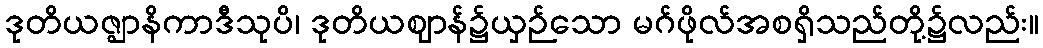
ဒုတိယဇ္ဈာနိကာဒီသုပိ၊ ဒုတိယဈာန်၌ယှဉ်သော မဂ်ဖိုလ်အစရှိသည်တို့၌လည်း။